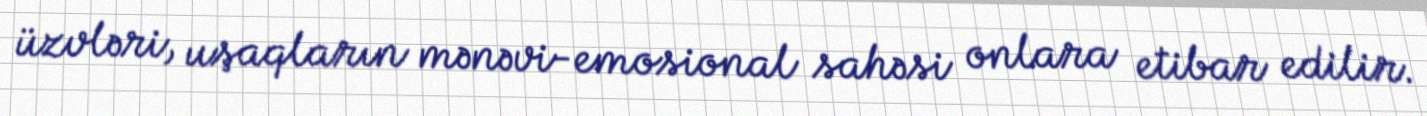
üzvləri, uşaqların mənəvi-emosional sahəsi onlara etibar edilir.